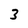
Character: 3